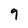
Character: 9